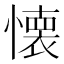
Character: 懐